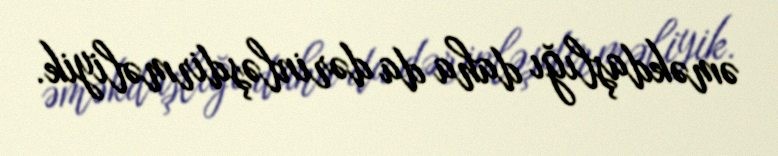
əməkdaşlığı daha da dərinləşdirməliyik.